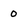
Character: 0